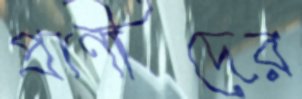
প্রাণীদের